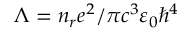
\Lambda = n _ { r } e ^ { 2 } / \pi c ^ { 3 } \varepsilon _ { 0 } \hbar ^ { 4 }